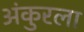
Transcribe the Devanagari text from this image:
अंकुरला